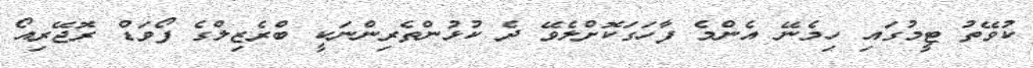
ކުވޭތު ޓީމުގައި ހިމެނޭ އެންމެ ފާހަގަކޮށްލެވޭ ދެ ކުޅުންތެރިންނަކީ ބްރެޒިލްގެ ފޯވަޑް ރޮޖޭރިއޯ